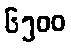
၆၅၀၀